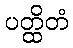
ပတ္ထိတံ